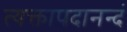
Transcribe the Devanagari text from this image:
त्यक्तापदानन्दं